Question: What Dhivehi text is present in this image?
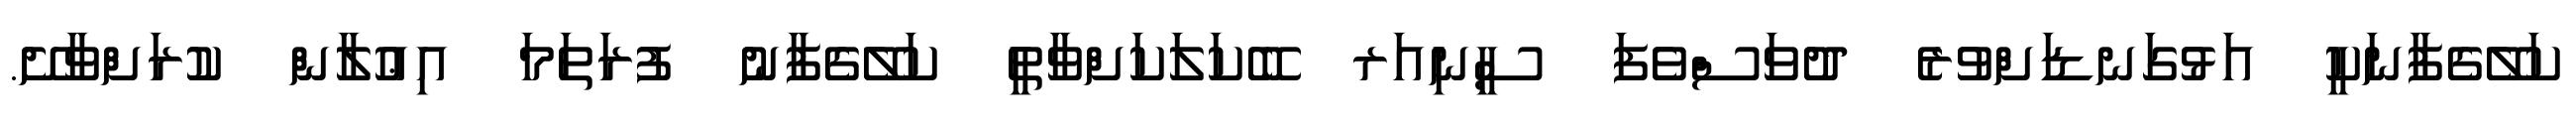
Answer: ކަލޭގެފާނަކީ އަޅުގަނޑަށްވުރެ ދުވަސްވެފަ ސީނިއަރ ބޭކަލަކަށްވާތީ ކަލޭގެފާނު ފުރަތަމަ އިޢުލާން ކުރަށްވާށޭ.